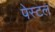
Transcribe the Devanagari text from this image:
पेस्‍टल